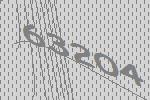
63204